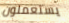
يستعملون